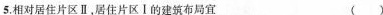
5.相对居住片区Ⅱ，居住片区Ⅰ的建筑布局宜 ( )